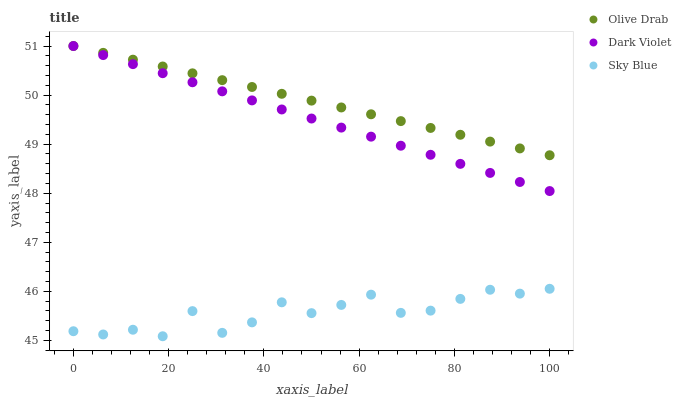
| xaxis_label | Olive Drab | Dark Violet | Sky Blue |
 | --- | --- | --- | --- |
 | 0 | 51 | 51 | 45.2 |
 | 6.25 | 50.9 | 50.8 | 45.1 |
 | 12.5 | 50.7 | 50.6 | 45.2 |
 | 18.8 | 50.6 | 50.4 | 45.1 |
 | 25 | 50.4 | 50.3 | 45.6 |
 | 31.2 | 50.3 | 50.1 | 45.2 |
 | 37.5 | 50.2 | 49.9 | 45.4 |
 | 43.8 | 50 | 49.7 | 45.8 |
 | 50 | 49.9 | 49.5 | 45.6 |
 | 56.2 | 49.7 | 49.3 | 45.7 |
 | 62.5 | 49.6 | 49.2 | 45.9 |
 | 68.8 | 49.5 | 49 | 45.6 |
 | 75 | 49.3 | 48.8 | 45.6 |
 | 81.2 | 49.2 | 48.6 | 45.8 |
 | 87.5 | 49.1 | 48.4 | 46 |
 | 93.8 | 48.9 | 48.2 | 46 |
 | 100 | 48.8 | 48 | 46.1 |